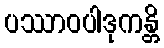
ပဿာဝပါဒုကန္တိ